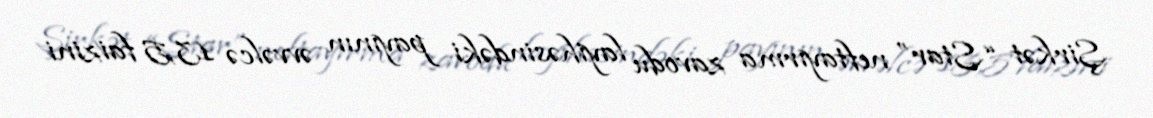
Şirkət “Star” neftayırma zavodu layihəsindəki payının əvvəlcə 13,5 faizini